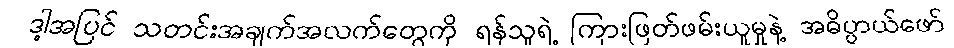
ဒါ့အပြင် သတင်းအချက်အလက်တွေကို ရန်သူရဲ့ ကြားဖြတ်ဖမ်းယူမှုနဲ့ အဓိပ္ပာယ်ဖော်